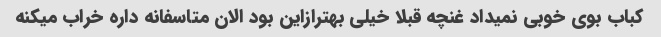
کباب بوی خوبی نمیداد غنچه قبلا خیلی بهترازاین بود الان متاسفانه داره خراب میکنه